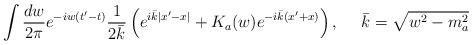
LaTeX: \begin{align*}\int \frac{dw}{2 \pi} e^{-iw(t'-t)} \frac{1}{2 \bar{k}} \left( e^{i \bar{k} |x'-x|} +K_a(w) e^{-i \bar{k} (x'+x)} \right), ~~~~ \bar{k}=\sqrt{w^2-m_a^2}\end{align*}